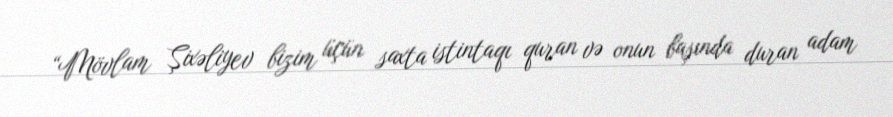
“Mövlam Şixəliyev bizim üçün saxta istintaqı quran və onun başında duran adam